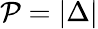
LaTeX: \mathcal{P}=|\Delta|